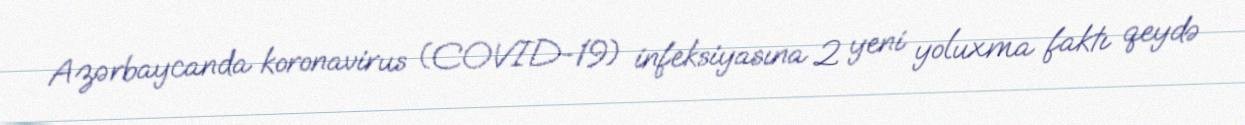
Azərbaycanda koronavirus (COVID-19) infeksiyasına 2 yeni yoluxma faktı qeydə